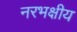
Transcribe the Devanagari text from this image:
नरभक्षीय